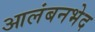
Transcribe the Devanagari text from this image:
आलंबनभेद